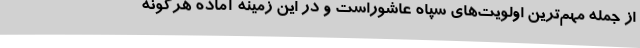
از جمله مهم‌ترین اولویت‌های سپاه عاشوراست و در این زمینه آماده هرگونه